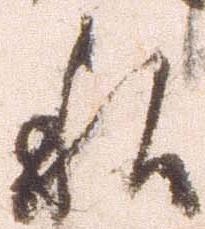
私